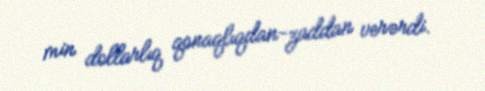
min dollarlıq qonaqlıqdan-zaddan verərdi.